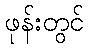
ဖုန်းတွင်